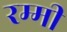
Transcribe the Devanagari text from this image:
रम्मी